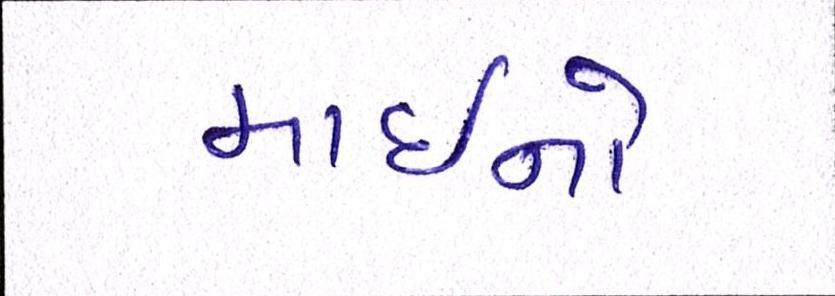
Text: માઇનો